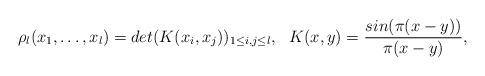
LaTeX: \begin{align*} \rho_l(x_1, \ldots, x_l)=det(K(x_i,x_j))_{1\leq i,j\leq l}, \ \ K(x,y)=\frac{sin(\pi\*(x-y))}{\pi(x-y)},\end{align*}